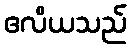
ဧလိယသည်